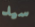
سيد